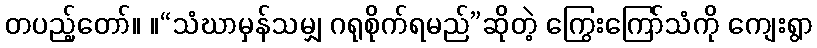
တပည့်တော်။ ။“သံဃာမှန်သမျှ ဂရုစိုက်ရမည်”ဆိုတဲ့ ကြွေးကြော်သံကို ကျေးရွာ